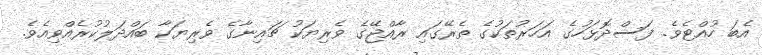
އެބަ ހުއްޓެވެ. ފަސްދޮޅަހުގެ އަހަރުތަކުގެ ތެރޭގައި ރާއްޖޭގެ ވެރިޔަކު ޗައިނާގެ ވެރިޔަކާ ބައްދަލުކުރެއްވިއެވެ.